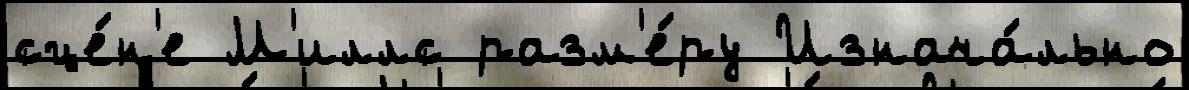
сце́н'е М'иллс разм'е́ру Изнача́льно